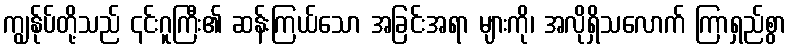
ကျွန်ုပ်တို့သည် ၎င်းဂူကြီး၏ ဆန်းကြယ်သော အခြင်းအရာ များကို၊ အလိုရှိသလောက် ကြာရှည်စွာ